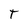
Character: T